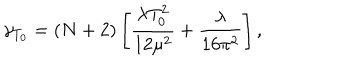
LaTeX: \gamma _ { T _ { 0 } } = ( N + 2 ) \left[ \frac { \lambda T _ { 0 } ^ { 2 } } { 1 2 \mu ^ { 2 } } + \frac { \lambda } { 1 6 \pi ^ { 2 } } \right] ,